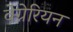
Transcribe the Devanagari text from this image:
वेग्नेरियन